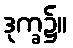
ဒုက္ခ၌။